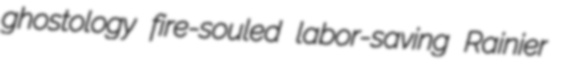
ghostology fire-souled labor-saving Rainier